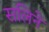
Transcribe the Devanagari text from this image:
सलिने